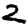
Digit: 2